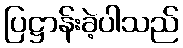
ပြဋ္ဌာန်းခဲ့ပါသည်